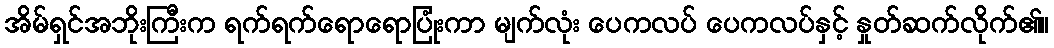
အိမ်ရှင်အဘိုးကြီးက ရက်ရက်ရောရောပြုံးကာ မျက်လုံး ပေကလပ် ပေကလပ်နှင့် နှုတ်ဆက်လိုက်၏။